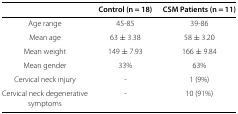
|  | Control (n = 18) | CSM Patients (n = 11) |
 | --- | --- | --- |
 | Age range | 45-85 | 39-86 |
 | Mean age | 63 ± 3.38 | 58 ± 3.20 |
 | Mean weight | 149 ± 7.93 | 166 ± 9.84 |
 | Mean gender | 33% | 63% |
 | Cervical neck injury | - | 1 (9%) |
 | Cervical neck degenerative | - | 10 (91%) |
 | symptoms |  |  |